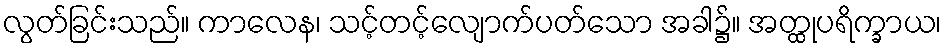
လွတ်ခြင်းသည်။ ကာလေန၊ သင့်တင့်လျောက်ပတ်သော အခါ၌။ အတ္ထုပရိက္ခာယ၊